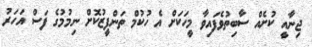
ޖިނާއީ ކުށެއް ސާބިތުވެފައިވާ މީހަކަށް އެ ހުކުމް ތަންފީޒުކޮށް ނިމުމުގެ ފަސް އަހަރު